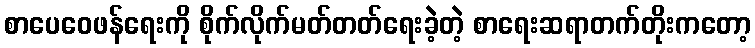
စာပေဝေဖန်ရေးကို စိုက်လိုက်မတ်တတ်ရေးခဲ့တဲ့ စာရေးဆရာတက်တိုးကတော့